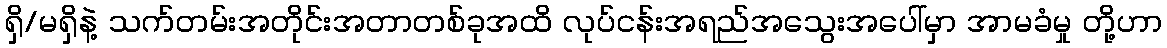
ရှိ/မရှိနဲ့ သက်တမ်းအတိုင်းအတာတစ်ခုအထိ လုပ်ငန်းအရည်အသွေးအပေါ်မှာ အာမခံမှု တို့ဟာ